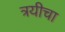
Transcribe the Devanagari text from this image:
त्रयीचा